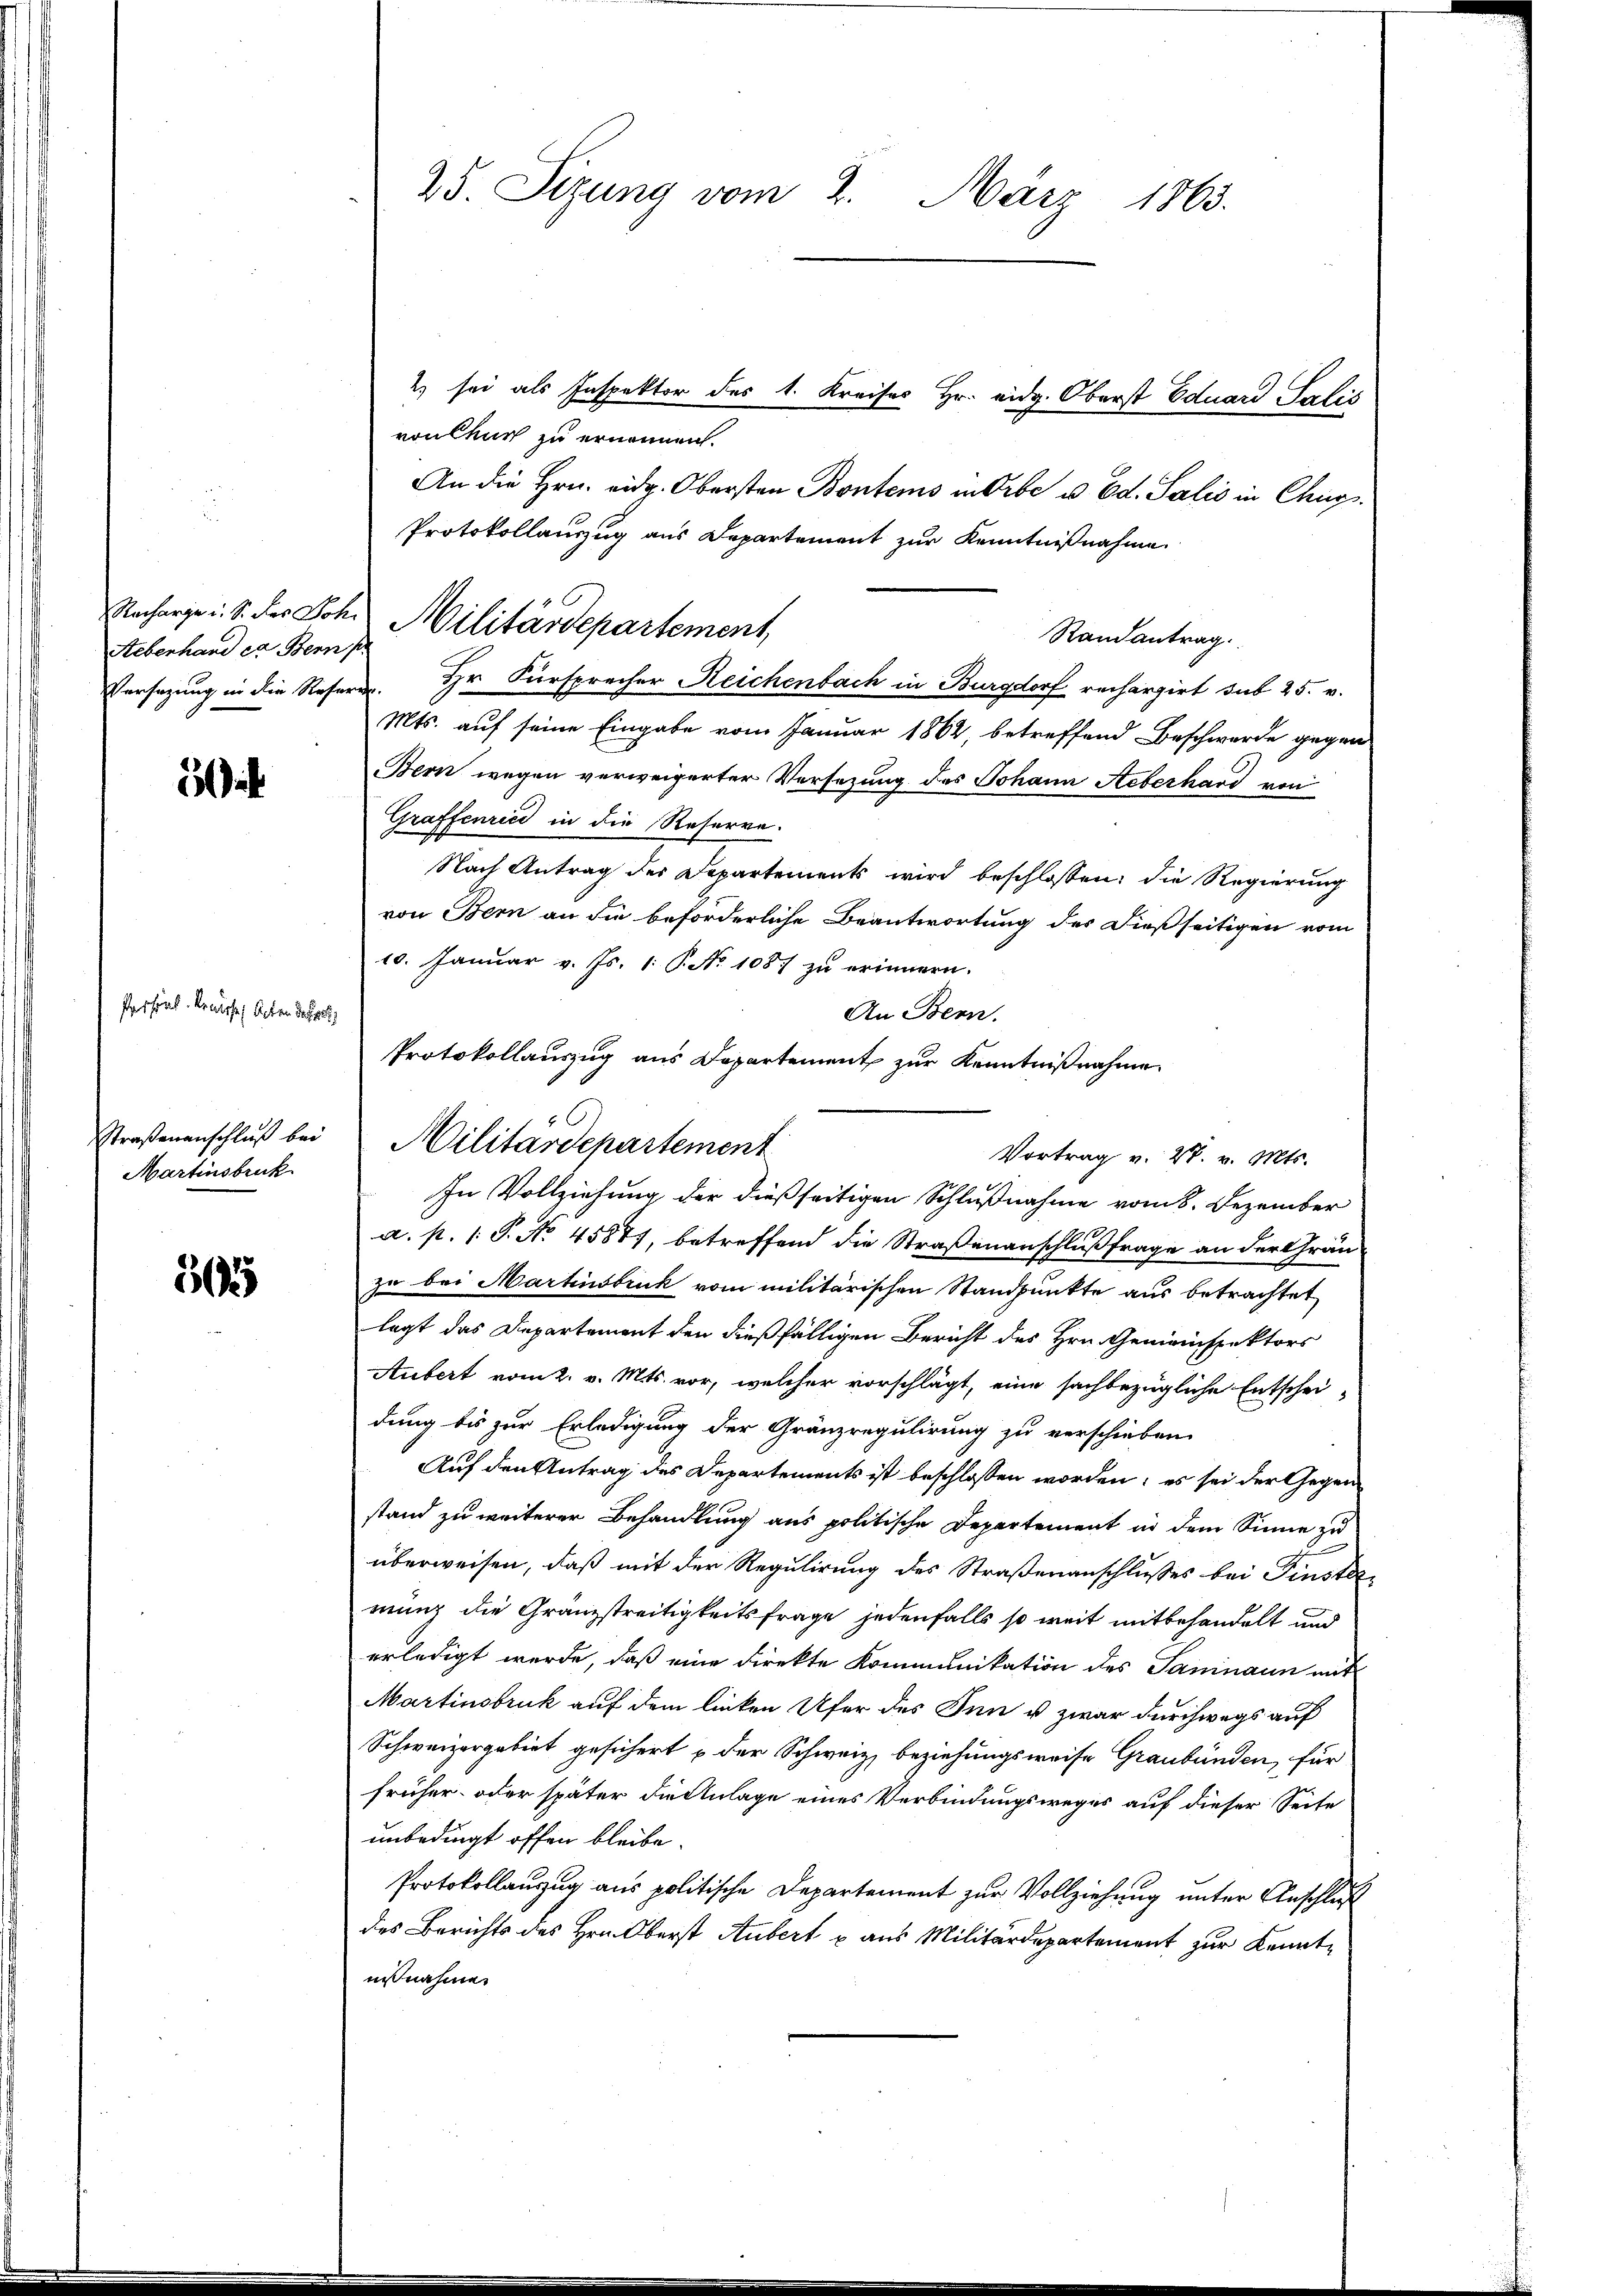
Aeberhand er Bern s

2

Persönl. Kreissen Acten Betre

Straßenanschluß bei
Martinsbruck

565

25. Sizung vom 2. März 1863.
2) sei als Inspektor des 1. Kreises Hr. eidg. Oberst Eduard Salis
von Chur zu ernennen.
An die Hrn. eidg. Obersten Bontems in Orbe u. Ed. Salis in Chur

Protokollauszug aus Departement zur Kenntnißnahme
Versezung in die Referen. Hr. Fürsprecher Reichenbach in Burgdorf rechargirt sub 25. v.
Mts. auf seine Eingabe vom Januar 1864, betreffend Beschwerde gegen
Bern wegen verweigerter Versezung des Johann Aeberhard von
Graffenrici in die Reserve.
Nach Antrag der Departements wird beschlossen: die Regierung
von Bern an die beforderliche Beantwortung des dießseitigen vom
10. Januar v. Js. 1. P. No 1087 zu erinnern.
An Bern.
Protokollauszug aus Departement zur Kenntnißnahme
Militärdepartement
In Vollziehung der dießseitigen Schlußnahme vom 8. Dezember
a. p. 1. P. No 45877, betreffend die Straßenanschlußfrage an der Grau-
zu bei Martinsbruk vom militärischen Standpunkte aus betrachtet
lagt das Departement den dießfälligen Bericht des Hrn. Gemeinspektors
Aubert vom 2. v. Mts. vor, welcher vorschlägt, eine sachbezügliche Entschei-
dung bis zur Erledigung der Gränzregulirung zu verschieben.
Auf den Antrag des Departements ist beschlossen worden; es sei der Gegen-
stand zu weiterer Behandlung aus politische Departement in dem Sinne zu
überweisen, daß mit der Regulirung des Straßenanschlusses bei Fenster
mung die Gränzstreitigkeitsfrage jedenfalls so weit mitbehandelt und
erledigt werde, daß eine direkte Kommunikation des Paninaun mit
Martinsbruk auf dem linken Ufer des Sen u zwar durchwegs auf
Schweizergebiet gesichert u der Schweiz beziehungsweise Graubünden, für
früher oder später die Anlage eines Verbindungsweges auf dieser Seite
unbedingt offen bleibe.
Protokollauszug aus politische Departement zur Vollziehung unter Anschluß
des Berichts des Hrn. Oberst Aubert u aus Militärdepartement zur Kenntnißnahmen

Nacharge u. S. der Joh. Militärdepartement,

Randantrag.

Vortrag v. 27. v. Mts.